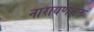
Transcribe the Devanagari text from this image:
नारायणभक्त